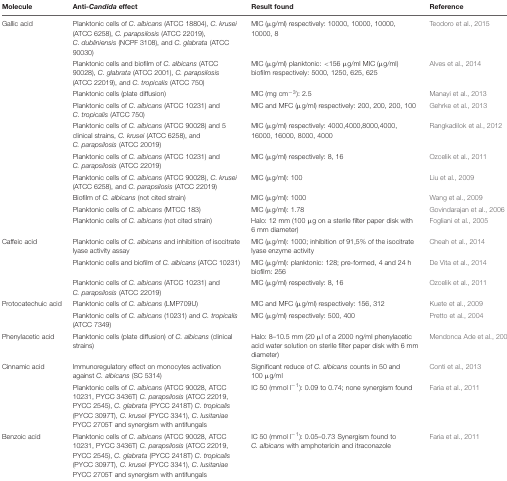
<table><thead><tr><td><b>Molecule</b></td><td><b>Anti-<i>Candida</i> effect</b></td><td><b>Result found</b></td><td><b>Reference</b></td></tr></thead><tbody><tr><td>Gallic acid</td><td>Planktonic cells of <i>C. albicans</i> (ATCC 18804), <i>C. krusei</i> (ATCC 6258), <i>C. parapsilosis</i> (ATCC 22019), <i>C. dubliniensis</i> (NCPF 3108), and <i>C. glabrata</i> (ATCC 90030)</td><td>MIC (μg/ml) respectively: 10000, 10000, 10000, 10000, 8</td><td>Teodoro et al., 2015</td></tr><tr><td></td><td>Planktonic cells and biofilm of <i>C. albicans</i> (ATCC 90028), <i>C. glabrata</i> (ATCC 2001), <i>C. parapsilosis</i> (ATCC 22019), and <i>C. tropicalis</i> (ATCC 750)</td><td>MIC (μg/ml) planktonic: &lt;156 μg/ml MIC (μg/ml) biofilm respectively: 5000, 1250, 625, 625</td><td>Alves et al., 2014</td></tr><tr><td></td><td>Planktonic cells (plate diffusion)</td><td>MIC (mg cm<sup>-3</sup>): 2.5</td><td>Manayi et al., 2013</td></tr><tr><td></td><td>Planktonic cells of <i>C. albicans</i> (ATCC 10231) and <i>C. tropicalis</i> (ATCC 750)</td><td>MIC and MFC (μg/ml) respectively: 200, 200, 200, 100</td><td>Gehrke et al., 2013</td></tr><tr><td></td><td>Planktonic cells of <i>C. albicans</i> (ATCC 90028) and 5 clinical strains, <i>C. krusei</i> (ATCC 6258), and <i>C. parapsilosis</i> (ATCC 20019)</td><td>MIC (μg/ml) respectively: 4000,4000,8000,4000, 16000, 16000, 8000, 4000</td><td>Rangkadilok et al., 2012</td></tr><tr><td></td><td>Planktonic cells of <i>C. albicans</i> (ATCC 10231) and <i>C. parapsilosis</i> (ATCC 22019)</td><td>MIC (μg/ml) respectively: 8, 16</td><td>Ozcelik et al., 2011</td></tr><tr><td></td><td>Planktonic cells of <i>C. albicans</i> (ATCC 90028), <i>C. krusei</i> (ATCC 6258), and <i>C. parapsilosis</i> (ATCC 22019)</td><td>MIC (μg/ml): 100</td><td>Liu et al., 2009</td></tr><tr><td></td><td>Biofilm of <i>C. albicans</i> (not cited strain)</td><td>MIC (μg/ml): 1000</td><td>Wang et al., 2009</td></tr><tr><td></td><td>Planktonic cells of <i>C. albicans</i> (MTCC 183)</td><td>MIC (μg/ml): 1.78</td><td>Govindarajan et al., 2006</td></tr><tr><td></td><td>Planktonic cells of <i>C. albicans</i> (not cited strain)</td><td>Halo: 12 mm (100 μg on a sterile filter paper disk with 6 mm diameter)</td><td>Fogliani et al., 2005</td></tr><tr><td>Caffeic acid</td><td>Planktonic cells of <i>C. albicans</i> and inhibition of isocitrate lyase activity assay</td><td>MIC (μg/ml): 1000; inhibition of 91,5% of the isocitrate lyase enzyme activity</td><td>Cheah et al., 2014</td></tr><tr><td></td><td>Planktonic cells and biofilm of <i>C. albicans</i> (ATCC 10231)</td><td>MIC (μg/ml): planktonic: 128; pre-formed, 4 and 24 h biofilm: 256</td><td>De Vita et al., 2014</td></tr><tr><td></td><td>Planktonic cells of <i>C. albicans</i> (ATCC 10231) and <i>C. parapsilosis</i> (ATCC 22019)</td><td>MIC (μg/ml) respectively: 8, 16</td><td>Ozcelik et al., 2011</td></tr><tr><td>Protocatechuic acid</td><td>Planktonic cells of <i>C. albicans</i> (LMP709U)</td><td>MIC and MFC (μg/ml) respectively: 156, 312</td><td>Kuete et al., 2009</td></tr><tr><td></td><td>Planktonic cells of <i>C. albicans</i> (10231) and <i>C. tropicalis</i> (ATCC 7349)</td><td>MIC (μg/ml) respectively: 500, 400</td><td>Pretto et al., 2004</td></tr><tr><td>Phenylacetic acid</td><td>Planktonic cells (plate diffusion) of <i>C. albicans</i> (clinical strains)</td><td>Halo: 8–10.5 mm (20 μl of a 2000 ng/ml phenylacetic acid water solution on sterile filter paper disk with 6 mm diameter)</td><td>Mendonca Ade et al., 2009</td></tr><tr><td>Cinnamic acid</td><td>Immunoregulatory effect on monocytes activation against <i>C. albicans</i> (SC 5314)</td><td>Significant reduce of <i>C. albicans</i> counts in 50 and 100 μg/ml</td><td>Conti et al., 2013</td></tr><tr><td></td><td>Planktonic cells of <i>C. albicans</i> (ATCC 90028, ATCC 10231, PYCC 3436T) <i>C. parapsilosis</i> (ATCC 22019, PYCC 2545), <i>C. glabrata</i> (PYCC 2418T) <i>C. tropicalis</i> (PYCC 3097T), <i>C. krusei</i> (PYCC 3341), <i>C. lusitaniae</i> PYCC 2705T and synergism with antifungals</td><td>IC 50 (mmol l<sup>-1</sup>): 0.09 to 0.74; none synergism found</td><td>Faria et al., 2011</td></tr><tr><td>Benzoic acid</td><td>Planktonic cells of <i>C. albicans</i> (ATCC 90028, ATCC 10231, PYCC 3436T) <i>C. parapsilosis</i> (ATCC 22019, PYCC 2545), <i>C. glabrata</i> (PYCC 2418T) <i>C. tropicalis</i> (PYCC 3097T), <i>C. krusei</i> (PYCC 3341), <i>C. lusitaniae</i> PYCC 2705T and synergism with antifungals</td><td>IC 50 (mmol l<sup>-1</sup>): 0.05–0.73 Synergism found to <i>C. albicans</i> with amphotericin and itraconazole</td><td>Faria et al., 2011</td></tr></tbody></table>